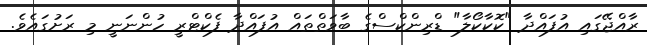
ރާއްޖޭގައި އުފައްދާ "ކޮކާކޯލާ" ޑްރިންކްސްގެ ބާވަތްތައް އުފައްދާ ފެކްޓްރީ ހުންނަނީ މި ރަށުގައެވެ.